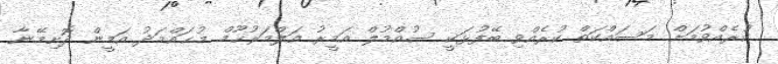
ކުރެއްވުމަށް މަސައްކަތް ކުރެއްވި ބޭފުޅަކީ ސުއްމުލް އަމީރު އަލްމަރުޙޫމް މުޙައްމަދު އަމީން ދޮށިމޭނާ